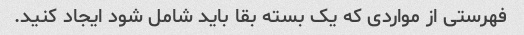
فهرستی از مواردی که یک بسته بقا باید شامل شود ایجاد کنید.